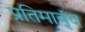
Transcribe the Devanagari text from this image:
प्रतिमावृंद